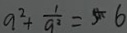
9 ^ { 2 } + \frac { 1 } { 9 ^ { 2 } } = 5 6